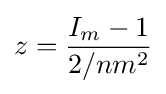
z={\frac {I_{m}-1}{2/nm^{2}}}